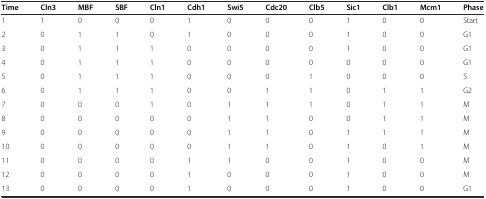
<table><thead><tr><td><b>Time</b></td><td><b>Cln3</b></td><td><b>MBF</b></td><td><b>SBF</b></td><td><b>Cln1</b></td><td><b>Cdh1</b></td><td><b>Swi5</b></td><td><b>Cdc20</b></td><td><b>Clb5</b></td><td><b>Sic1</b></td><td><b>Clb1</b></td><td><b>Mcm1</b></td><td><b>Phase</b></td></tr></thead><tbody><tr><td>1</td><td>1</td><td>0</td><td>0</td><td>0</td><td>1</td><td>0</td><td>0</td><td>0</td><td>1</td><td>0</td><td>0</td><td>Start</td></tr><tr><td>2</td><td>0</td><td>1</td><td>1</td><td>0</td><td>1</td><td>0</td><td>0</td><td>0</td><td>1</td><td>0</td><td>0</td><td>G1</td></tr><tr><td>3</td><td>0</td><td>1</td><td>1</td><td>1</td><td>0</td><td>0</td><td>0</td><td>0</td><td>1</td><td>0</td><td>0</td><td>G1</td></tr><tr><td>4</td><td>0</td><td>1</td><td>1</td><td>1</td><td>0</td><td>0</td><td>0</td><td>0</td><td>0</td><td>0</td><td>0</td><td>G1</td></tr><tr><td>5</td><td>0</td><td>1</td><td>1</td><td>1</td><td>0</td><td>0</td><td>0</td><td>1</td><td>0</td><td>0</td><td>0</td><td>S</td></tr><tr><td>6</td><td>0</td><td>1</td><td>1</td><td>1</td><td>0</td><td>0</td><td>1</td><td>1</td><td>0</td><td>1</td><td>1</td><td>G2</td></tr><tr><td>7</td><td>0</td><td>0</td><td>0</td><td>1</td><td>0</td><td>1</td><td>1</td><td>1</td><td>0</td><td>1</td><td>1</td><td>M</td></tr><tr><td>8</td><td>0</td><td>0</td><td>0</td><td>0</td><td>0</td><td>1</td><td>1</td><td>0</td><td>0</td><td>1</td><td>1</td><td>M</td></tr><tr><td>9</td><td>0</td><td>0</td><td>0</td><td>0</td><td>0</td><td>1</td><td>1</td><td>0</td><td>1</td><td>1</td><td>1</td><td>M</td></tr><tr><td>10</td><td>0</td><td>0</td><td>0</td><td>0</td><td>0</td><td>1</td><td>1</td><td>0</td><td>1</td><td>0</td><td>1</td><td>M</td></tr><tr><td>11</td><td>0</td><td>0</td><td>0</td><td>0</td><td>1</td><td>1</td><td>0</td><td>0</td><td>1</td><td>0</td><td>0</td><td>M</td></tr><tr><td>12</td><td>0</td><td>0</td><td>0</td><td>0</td><td>1</td><td>0</td><td>0</td><td>0</td><td>1</td><td>0</td><td>0</td><td>M</td></tr><tr><td>13</td><td>0</td><td>0</td><td>0</td><td>0</td><td>1</td><td>0</td><td>0</td><td>0</td><td>1</td><td>0</td><td>0</td><td>G1</td></tr></tbody></table>